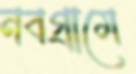
নবগ্রামে